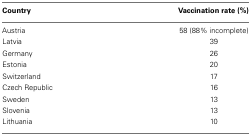
| Country | Vaccination rate (%) |
 | --- | --- |
 | Austria | 58 (88% incomplete) |
 | Latvia | 39 |
 | Germany | 26 |
 | Estonia | 20 |
 | Switzerland | 17 |
 | Czech Republic | 16 |
 | Sweden | 13 |
 | Slovenia | 13 |
 | Lithuania | 10 |